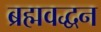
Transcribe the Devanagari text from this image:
ब्रह्मवद्धन